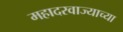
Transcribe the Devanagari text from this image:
महादरवाज्याच्या